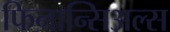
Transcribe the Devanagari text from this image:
फिनान्सिअल्स